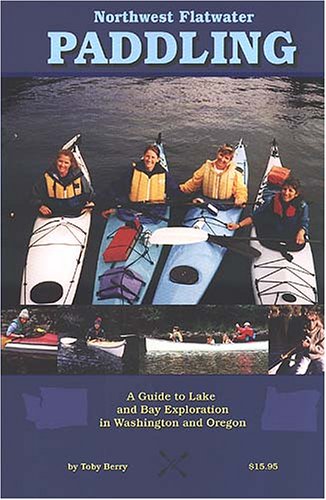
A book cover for Northwest Flatwater Paddling: A Guide to Lake Bay; Toby L. Berry; Travel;